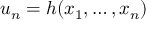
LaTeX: u _ { n } = h ( x _ { 1 } , \ldots , x _ { n } )